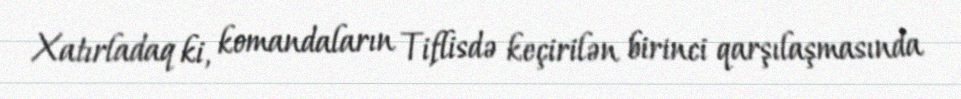
Xatırladaq ki, komandaların Tiflisdə keçirilən birinci qarşılaşmasında